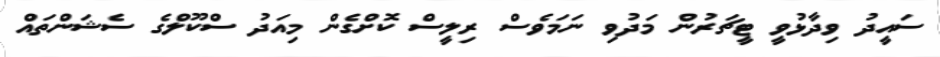
ސައީދު ވިދާޅުވީ ޓީޗަރުން މަދުވި ނަމަވެސް ރިލީސް ކޮށްގެން މިއަދު ސްކޫލްގެ ސެޝަންތައް